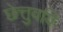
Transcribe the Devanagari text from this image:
छेत्तुवयि